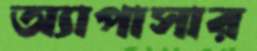
অ্যাপাসার